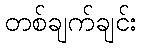
တစ်ချက်ချင်း